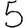
Digit: 5